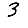
Digit: 3